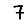
Digit: 7